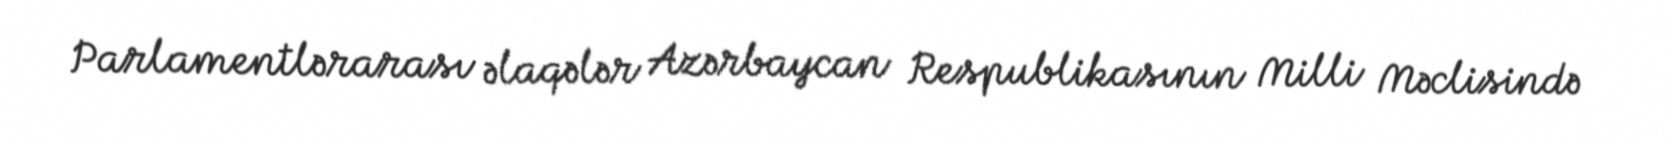
Parlamentlərarası əlaqələr Azərbaycan Respublikasının Milli Məclisində